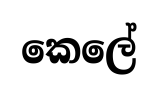
කෙලේ